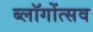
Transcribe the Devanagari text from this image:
ब्लॉगोंत्सव